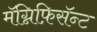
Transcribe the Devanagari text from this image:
मॅग्निफ़िसॅन्ट